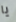
يا